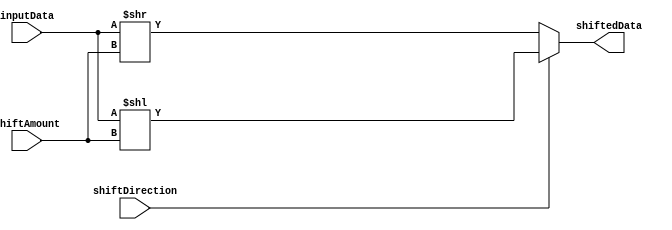
module SimpleBarrelShifter (
    input [31:0] inputData,
    input [1:0] shiftAmount,
    input shiftDirection,
    output [31:0] shiftedData
);

reg [31:0] result;

always @(*)
begin
    if (shiftDirection)
        result = inputData << shiftAmount;
    else
        result = inputData >> shiftAmount;
end

assign shiftedData = result;

endmodule